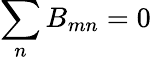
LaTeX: \sum_{n}B_{mn}=0